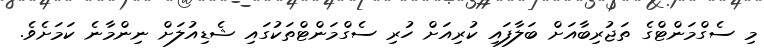
މި ސެގްމަންޓްގެ ތަޖުރިބާއަށް ބަލާފައި ކުރިއަށް ހުރި ސެގްމަންޓްތަކުގައި ޝެޑިއުލަށް ނިންމާނެ ކަމަށެވެ.